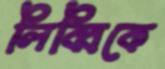
লিব্বিকে